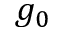
g _ { 0 }